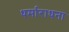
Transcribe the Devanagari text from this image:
धर्माराधना